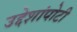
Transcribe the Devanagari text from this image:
उद्देशांपोटी